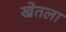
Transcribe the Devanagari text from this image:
खेतला